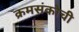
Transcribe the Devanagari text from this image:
क्रमसंकोची